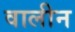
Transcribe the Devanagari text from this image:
वालीन